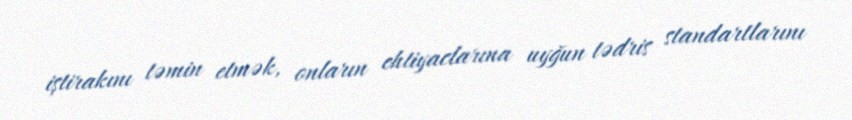
iştirakını təmin etmək, onların ehtiyaclarına uyğun tədris standartlarını